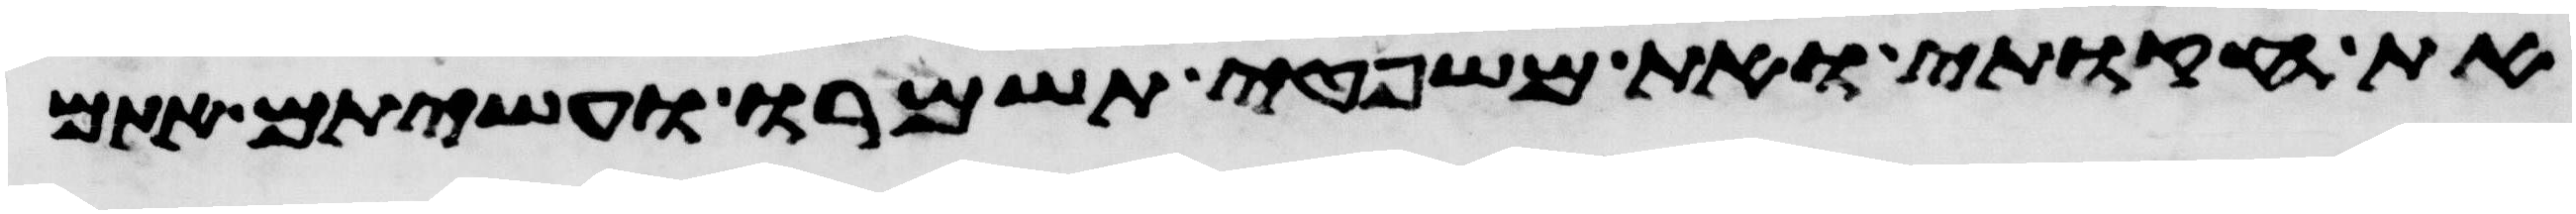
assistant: את חקותי ואת משפטי תשמרו ועשיתם אתם